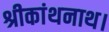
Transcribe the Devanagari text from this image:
श्रीकांथनाथ।